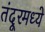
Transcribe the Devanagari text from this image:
तंदूरमध्ये